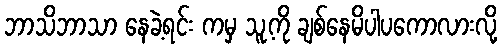
ဘာသိဘာသာ နေခဲ့ရင်း ကမှ သူ့ကို ချစ်နေမိပါပကောလားလို့